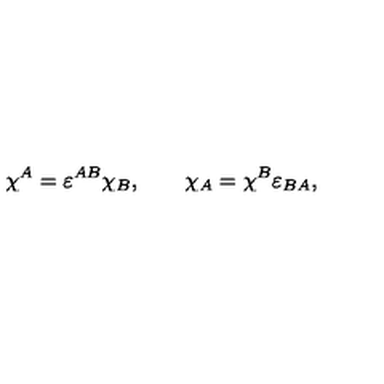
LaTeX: \chi ^ { A } = \varepsilon ^ { A B } \chi _ { B } , \qquad \chi _ { A } = \chi ^ { B } \varepsilon _ { B A } ,